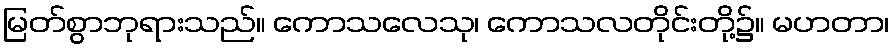
မြတ်စွာဘုရားသည်။ ကောသလေသု၊ ကောသလတိုင်းတို့၌။ မဟတာ၊